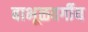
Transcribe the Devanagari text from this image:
बाभूळवर्गीय